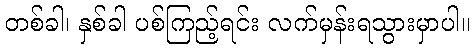
တစ်ခါ၊ နှစ်ခါ ပစ်ကြည့်ရင်း လက်မှန်းရသွားမှာပါ။